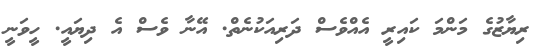
ރިޔާޒުގެ މަންމަ ކައިރީ އެއްވެސް ދަރިއަކުނެތް. އޭނާ ވެސް އެ ދިޔައީ. ހީވަނީ